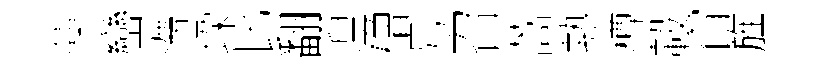
藻巒滯垜比翻湼磳号召蒿熱樽轂窅旌